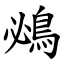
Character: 鴓